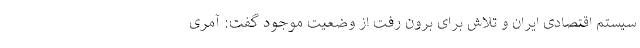
سیستم اقتصادی ایران و تلاش برای برون رفت از وضعیت موجود گفت: آمری